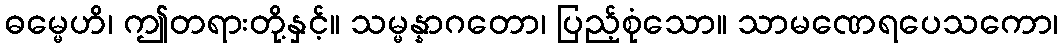
ဓမ္မေဟိ၊ ဤတရားတို့နှင့်။ သမ္မန္နာဂတော၊ ပြည့်စုံသော။ သာမဏေရပေသကော၊